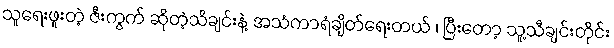
သူရေးဖူးတဲ့ ဇီးကွက် ဆိုတဲ့သီချင်းနဲ့ အသံကာရံချိတ်ရေးတယ် ၊ ပြီးတော့ သူ့သီချင်းတိုင်း